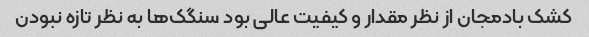
کشک بادمجان از نظر مقدار و کیفیت عالی بود سنگک‌ها به نظر تازه نبودن